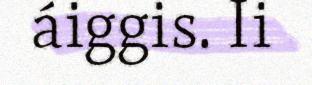
áiggis. Ii